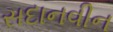
સદાનવીન